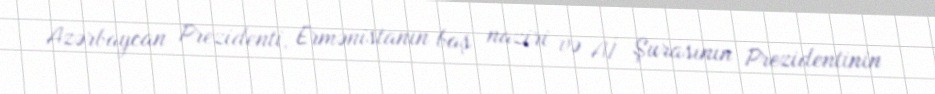
Azərbaycan Prezidenti, Ermənistanın baş naziri və Aİ Şurasının Prezidentinin